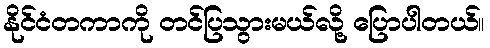
နိုင်ငံတကာကို တင်ပြသွားမယ်လို့ ပြောပါတယ်။